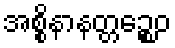
အစ္စိနာနတ္တဉ္စေဝ